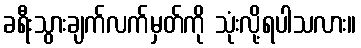
ခရီးသွားချက်လက်မှတ်ကို သုံးလို့ရပါသလား။